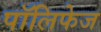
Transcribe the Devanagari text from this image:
पॉलिफेज